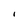
Character: I